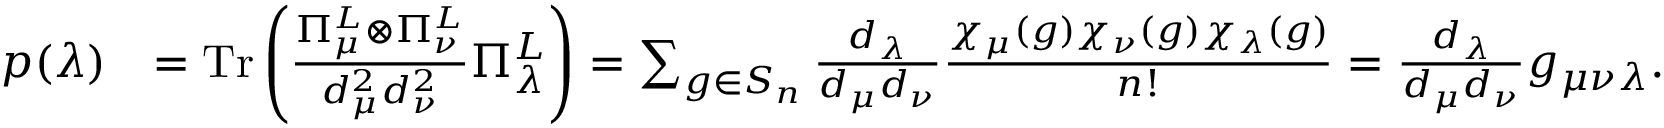
\begin{array} { r l } { p ( \lambda ) } & { = \mathrm { T r } \left( \frac { \Pi _ { \mu } ^ { L } \otimes \Pi _ { \nu } ^ { L } } { d _ { \mu } ^ { 2 } d _ { \nu } ^ { 2 } } \Pi _ { \lambda } ^ { L } \right) = \sum _ { g \in S _ { n } } \frac { d _ { \lambda } } { d _ { \mu } d _ { \nu } } \frac { \chi _ { \mu } ( g ) \chi _ { \nu } ( g ) \chi _ { \lambda } ( g ) } { n ! } = \frac { d _ { \lambda } } { d _ { \mu } d _ { \nu } } g _ { \mu \nu \lambda } . } \end{array}